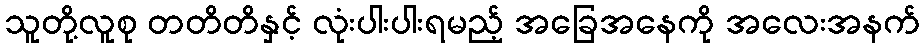
သူတို့လူစု တတိတိနှင့် လုံးပါးပါးရမည့် အခြေအနေကို အလေးအနက်